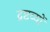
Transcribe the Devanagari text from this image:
द्रष्टव्यों